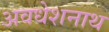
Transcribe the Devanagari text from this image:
अवधेशनाथ